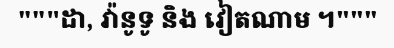
"""ដា, វ៉ានូទូ និង វៀតណាម ។"""